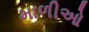
માળીઓ